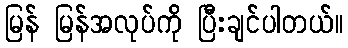
မြန် မြန်အလုပ်ကို ပြီးချင်ပါတယ်။